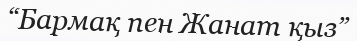
“Бармақ пен Жанат қыз”